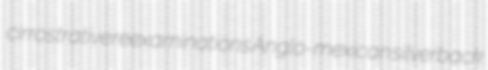
cirrostrative reexaminations Anglo-mexican silverback